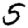
Digit: 5